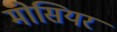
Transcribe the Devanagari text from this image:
मोसियर